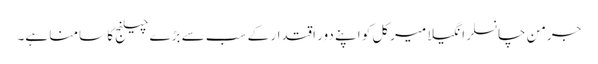
جرمن چانسلر انگیلا میرکل کو اپنے دور اقتدار کے سب سے بڑے چیلنج کا سامنا ہے۔